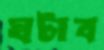
ঘটাব